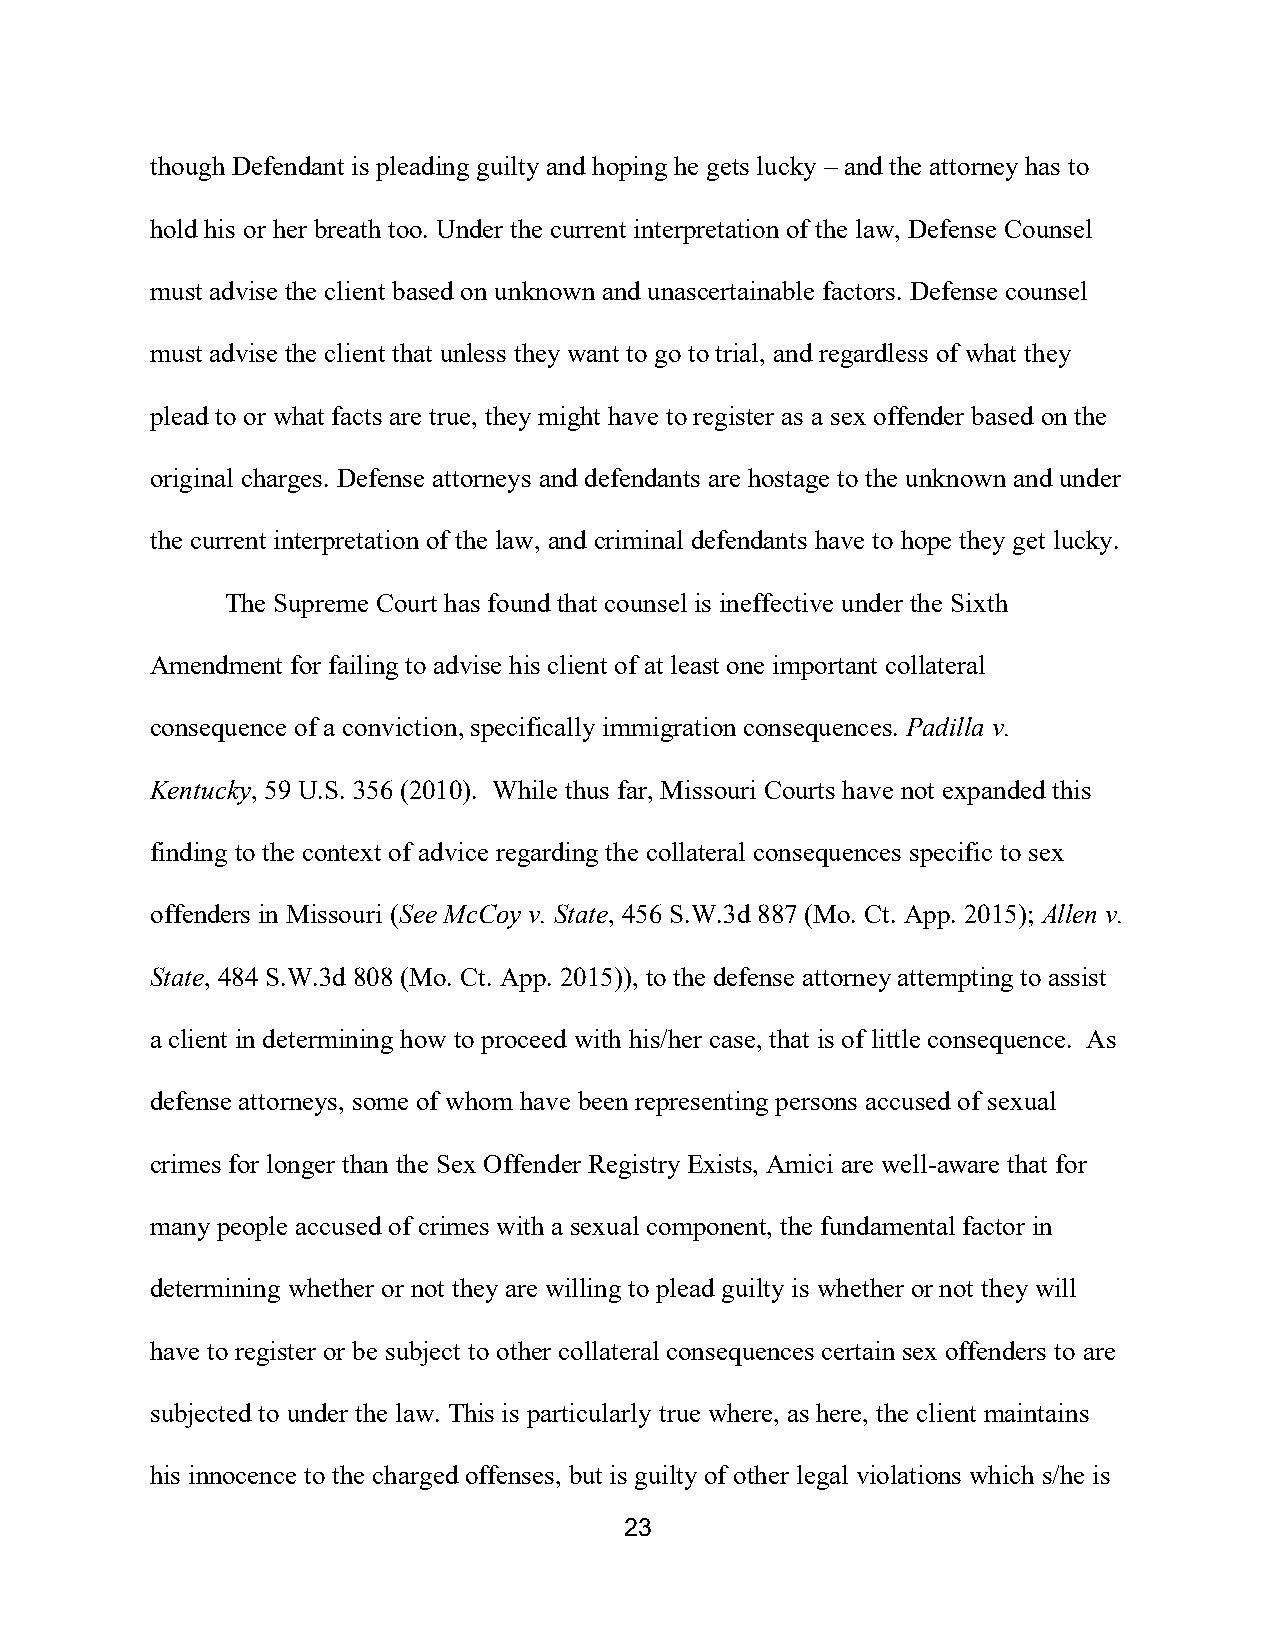
though Defendant is pleading guilty and hoping he gets lucky – and the attorney has to
 hold his or her breath too. Under the current interpretation of the law, Defense Counsel
 must advise the client based on unknown and unascertainable factors. Defense counsel
 must advise the client that unless they want to go to trial, and regardless of what they
 plead to or what facts are true, they might have to register as a sex offender based on the
 original charges. Defense attorneys and defendants are hostage to the unknown and under
 the current interpretation of the law, and criminal defendants have to hope they get lucky.
 The Supreme Court has found that counsel is ineffective under the Sixth
 Amendment for failing to advise his client of at least one important collateral
 consequence of a conviction, specifically immigration consequences. Padilla v.
 Kentucky, 59 U.S. 356 (2010). While thus far, Missouri Courts have not expanded this
 finding to the context of advice regarding the collateral consequences specific to sex
 offenders in Missouri (See McCoy v. State, 456 S.W.3d 887 (Mo. Ct. App. 2015); Allen v.
 State, 484 S.W.3d 808 (Mo. Ct. App. 2015)), to the defense attorney attempting to assist
 a client in determining how to proceed with his/her case, that is of little consequence. As
 defense attorneys, some of whom have been representing persons accused of sexual
 crimes for longer than the Sex Offender Registry Exists, Amici are well-aware that for
 many people accused of crimes with a sexual component, the fundamental factor in
 determining whether or not they are willing to plead guilty is whether or not they will
 have to register or be subject to other collateral consequences certain sex offenders to are
 subjected to under the law. This is particularly true where, as here, the client maintains
 his innocence to the charged offenses, but is guilty of other legal violations which s/he is
 23